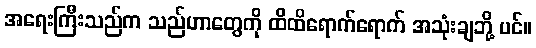
အရေးကြီးသည်က သည်ဟာတွေကို ထိထိရောက်ရောက် အသုံးချဘို့ ပင်။